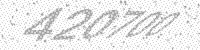
Solution: 420700